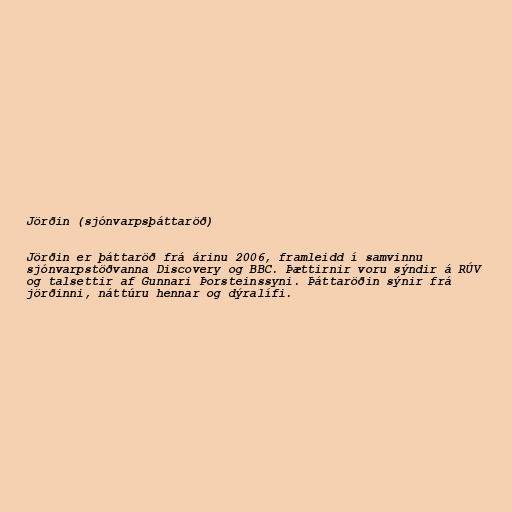
Jörðin (sjónvarpsþáttaröð)

Jörðin er þáttaröð frá árinu 2006, framleidd í samvinnu
sjónvarpstöðvanna Discovery og BBC. Þættirnir voru sýndir á RÚV
og talsettir af Gunnari Þorsteinssyni. Þáttaröðin sýnir frá
jörðinni, náttúru hennar og dýralífi.